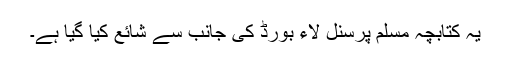
یہ کتابچہ مسلم پرسنل لاء بورڈ کی جانب سے شائع کیا گیا ہے۔